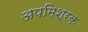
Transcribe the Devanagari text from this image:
अपमिश्रक